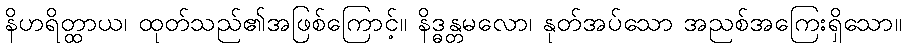
နိဟရိတ္ထာယ၊ ထုတ်သည်၏အဖြစ်ကြောင့်။ နိဒ္ဓန္တမလော၊ နုတ်အပ်သော အညစ်အကြေးရှိသော။